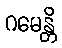
ဂမေန္တိ